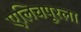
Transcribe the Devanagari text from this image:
एलिचपूरला